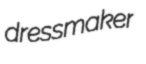
dressmaker